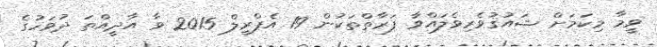
ވީމާ މިކަމަށް ޝައުޤުވެރިވެލައްވާ ފަރާތްތަކުން 19 އެޕްރީލް 2015 ވާ އާދީއްތަ ދުވަހުގެ